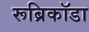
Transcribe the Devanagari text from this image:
रूब्रिकॉडा